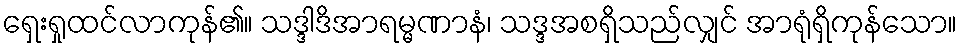
ရှေးရှုထင်လာကုန်၏။ သဒ္ဒါဒိအာရမ္မဏာနံ၊ သဒ္ဒအစရှိသည်လျှင် အာရုံရှိကုန်သော။